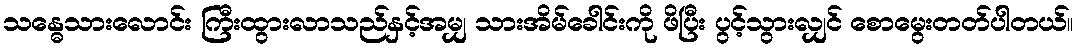
သန္ဓေသားလောင်း ကြီးထွားလာသည်နှင့်အမျှ သားအိမ်ခေါင်းကို ဖိပြီး ပွင့်သွားလျှင် စောမွေးတတ်ပါတယ်။